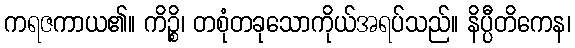
ကရဇကာယ၏။ ကိဉ္စိ၊ တစုံတခုသောကိုယ်အရပ်သည်။ နိပ္ပီတိကေန၊